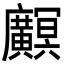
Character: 𫸏